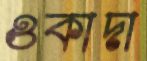
ওকাদা